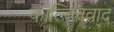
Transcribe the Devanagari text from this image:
काल्विनवाद